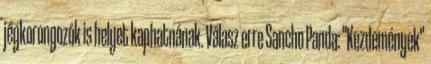
jégkorongozók is helyet kaphatnának. Válasz erre Sancho Panda: "Kezdemények"